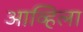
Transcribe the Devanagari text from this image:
आव्हिला